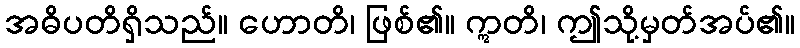
အဓိပတိရှိသည်။ ဟောတိ၊ ဖြစ်၏။ ဣတိ၊ ဤသို့မှတ်အပ်၏။